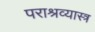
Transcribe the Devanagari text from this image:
पराश्रव्यास्त्र